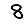
Digit: 8